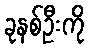
ခုနစ်ဦးကို